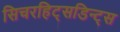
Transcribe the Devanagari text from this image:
सिचरहिट्सडिन्ट्स